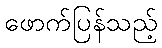
ဖောက်ပြန်သည့်